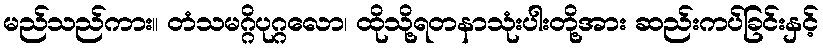
မည်သည်ကား။ တံသမဂ္ဂိပုဂ္ဂလော၊ ထိုသို့ရတနာသုံးပါးတို့အား ဆည်းကပ်ခြင်းနှင့်